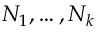
N _ { 1 } , \ldots , N _ { k }